Civil Veterinary Department. United Provinces 1932-42 - 1932-1942
Year: 1932
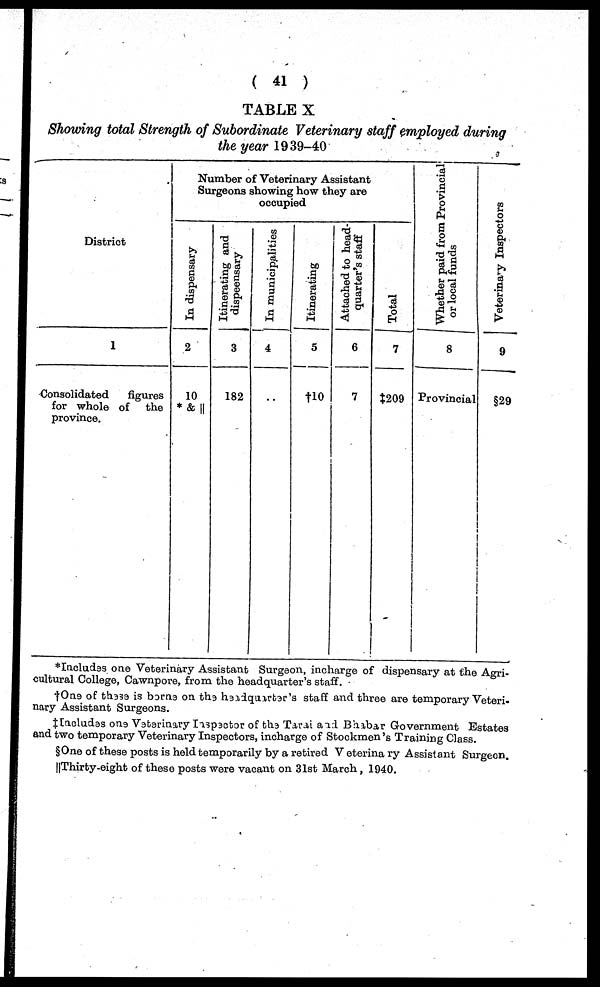
( 41 )
TABLE X
Showing total Strength of Subordinate Veterinary staff employed during
the year 1939-40
District
1
Consolidated
figures
for whole of the
province.
Number of Veterinary Assistant
Surgeons showing how they are
occupied
In dispensary
2
10
*&||
Itinerating and
dispensary
3
182
In municipalities
4
..
Itinerating
5
†10
Attached to head-
quarter's staff
6
7
Total
7
‡209
Whether paid from Provincial
or local funds
8
Provincial
Veterinary Inspectors
9
§29
*Includes one Veterinary Assistant Surgeon, incharge of dispensary at the Agri-
cultural College, Cawnpore, from the headquarter's staff.
†One of these is borns on the headquarter's staff and three are temporary Veteri-
nary Assistant Surgeons.
‡Includes one Vetarinary Inspector of the Tarai and Bhabar Government Estates
and two temporary Veterinary Inspectors, incharge of Stockmen's Training Class.
§One of these posts is held temporarily by a retired Veterinary Assistant Surgeon.
||Thirty-eight of these posts were vacant on 31st March, 1940.